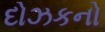
દોઝકનો